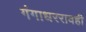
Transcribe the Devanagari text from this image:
गंगाधररावही